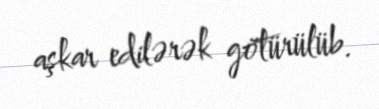
aşkar edilərək götürülüb.